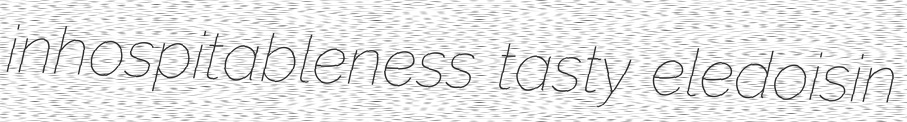
inhospitableness tasty eledoisin